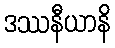
ဒဿနီယာနိ